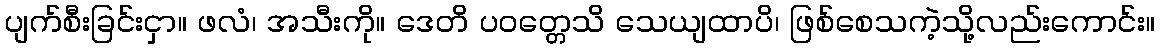
ပျက်စီးခြင်းငှာ။ ဖလံ၊ အသီးကို။ ဒေတိ ပဝတ္တေသိ သေယျထာပိ၊ ဖြစ်စေသကဲ့သို့လည်းကောင်း။